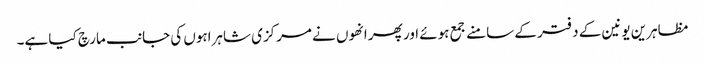
مظاہرین یونین کے دفتر کے سامنے جمع ہوئے اور پھر انھوں نے مرکزی شاہراہوں کی جانب مارچ کیا ہے۔